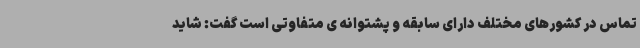
تماس در کشورهای مختلف دارای سابقه و پشتوانه ی متفاوتی است گفت: شاید